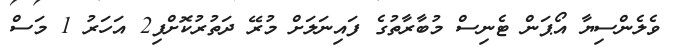
ވެލެންސިޔާ އޯޕަން ޓެނިސް މުބާރާތުގެ ފައިނަލަށް މުރޭ ދަތުރުކޮށްފި2 އަހަރު 1 މަސް